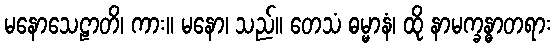
မနောသေဠာတိ၊ ကား။ မနော၊ သည်။ တေသံ ဓမ္မာနံ၊ ထို နာမက္ခန္ဓာတရား